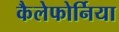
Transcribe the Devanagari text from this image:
कैलेफोर्निया